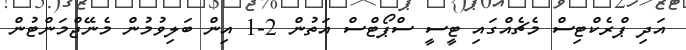
އަދި ޕްރެކްޓިސް މެޗެއްގައި ޓީސީ ސްޕޯޓްސް އަތުން 2-1 އިން ބަލިވުމުން މެނޭޖްމަންޓުން